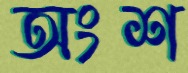
অংশ